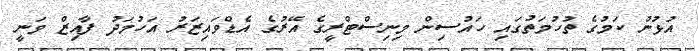
އުޅުނު ކަމުގެ ތުހުމަތުގައި ހައުސިން މިނިސްޓްރީގެ އޭރުގެ އެޑްވައިޒަރު އަހުމަދު ފާއިޒް ވަނީ